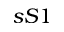
s S 1